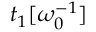
t _ { 1 } [ \omega _ { 0 } ^ { - 1 } ]